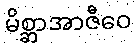
မိစ္ဆာအာဇီဝေ